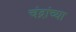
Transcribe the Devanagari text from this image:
चंद्रांच्या